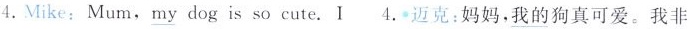
4.Mike:Mum,\underline{my} dog is so cute.I 4.迈克:妈妈,\underline{我的}狗真可爱。我非